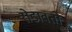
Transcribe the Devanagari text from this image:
रोडावतो